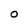
Character: O